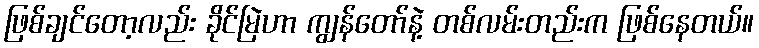
ဖြစ်ချင်တော့လည်း ခိုင်မြဲဟာ ကျွန်တော်နဲ့ တစ်လမ်းတည်းက ဖြစ်နေတယ်။